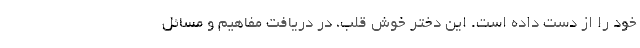
خود را از دست داده است. این دختر خوش قلب، در دریافت مفاهیم و مسائل